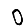
Digit: 0